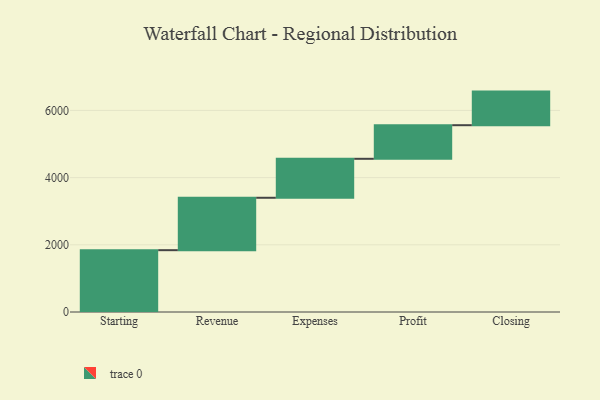
{"axis": {"x": "Step", "y": "Value"}, "legend": [""], "data": [{"x": "Starting", "y": 1840.0, "type": ""}, {"x": "Revenue", "y": 1560.0, "type": ""}, {"x": "Expenses", "y": 1160.0, "type": ""}, {"x": "Profit", "y": 1000, "type": ""}, {"x": "Closing", "y": 1000, "type": ""}]}